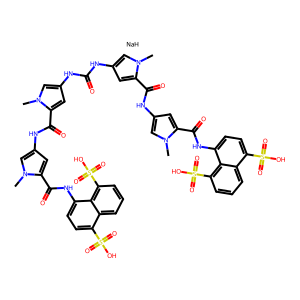
SMILES: Cn1cc(NC(=O)Nc2cc(C(=O)Nc3cc(C(=O)Nc4ccc(S(=O)(=O)O)c5cccc(S(=O)(=O)O)c45)n(C)c3)n(C)c2)cc1C(=O)Nc1cc(C(=O)Nc2ccc(S(=O)(=O)O)c3cccc(S(=O)(=O)O)c23)n(C)c1.[NaH]
Inhibits HIV replication: No